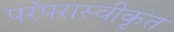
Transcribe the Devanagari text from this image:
परंपरास्वीकृत